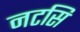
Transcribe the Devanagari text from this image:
नटसि